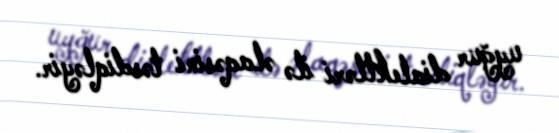
uyğur dialektləri ilə əlaqəsini təsdiqləyir.